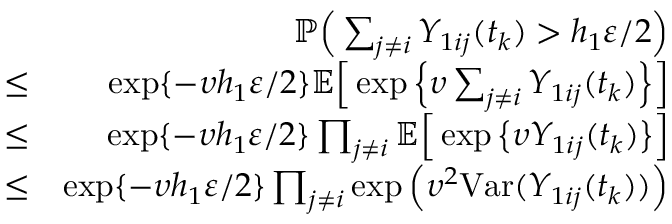
\begin{array} { r l r } & { } & { \mathbb { P } \Big ( \sum _ { j \neq i } Y _ { 1 i j } ( t _ { k } ) > h _ { 1 } \varepsilon / 2 \Big ) } \\ & { \le } & { \exp \{ - \upsilon h _ { 1 } \varepsilon / 2 \} \mathbb { E } \Big [ \exp \Big \{ \upsilon \sum _ { j \neq i } Y _ { 1 i j } ( t _ { k } ) \Big \} \Big ] } \\ & { \le } & { \exp \{ - \upsilon h _ { 1 } \varepsilon / 2 \} \prod _ { j \neq i } \mathbb { E } \Big [ \exp \big \{ \upsilon Y _ { 1 i j } ( t _ { k } ) \big \} \Big ] } \\ & { \le } & { \exp \{ - \upsilon h _ { 1 } \varepsilon / 2 \} \prod _ { j \neq i } \exp \Big ( \upsilon ^ { 2 } \mathrm { V a r } ( Y _ { 1 i j } ( t _ { k } ) ) \Big ) } \end{array}